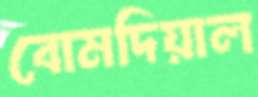
বোমদিয়াল